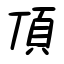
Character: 頂